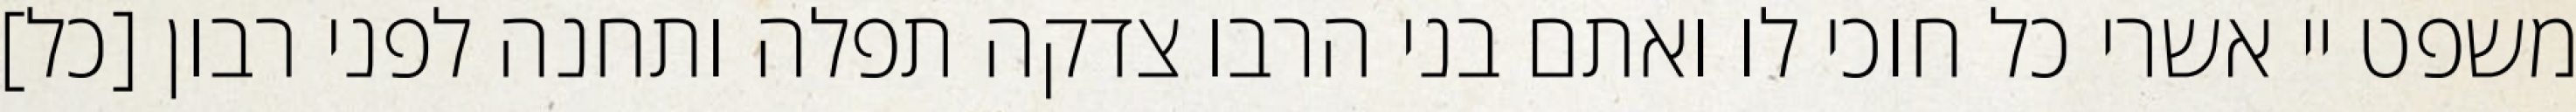
משפט יי אשרי כל חוכי לו ואתם בני הרבו צדקה תפלה ותחנה לפני רבון [כל]